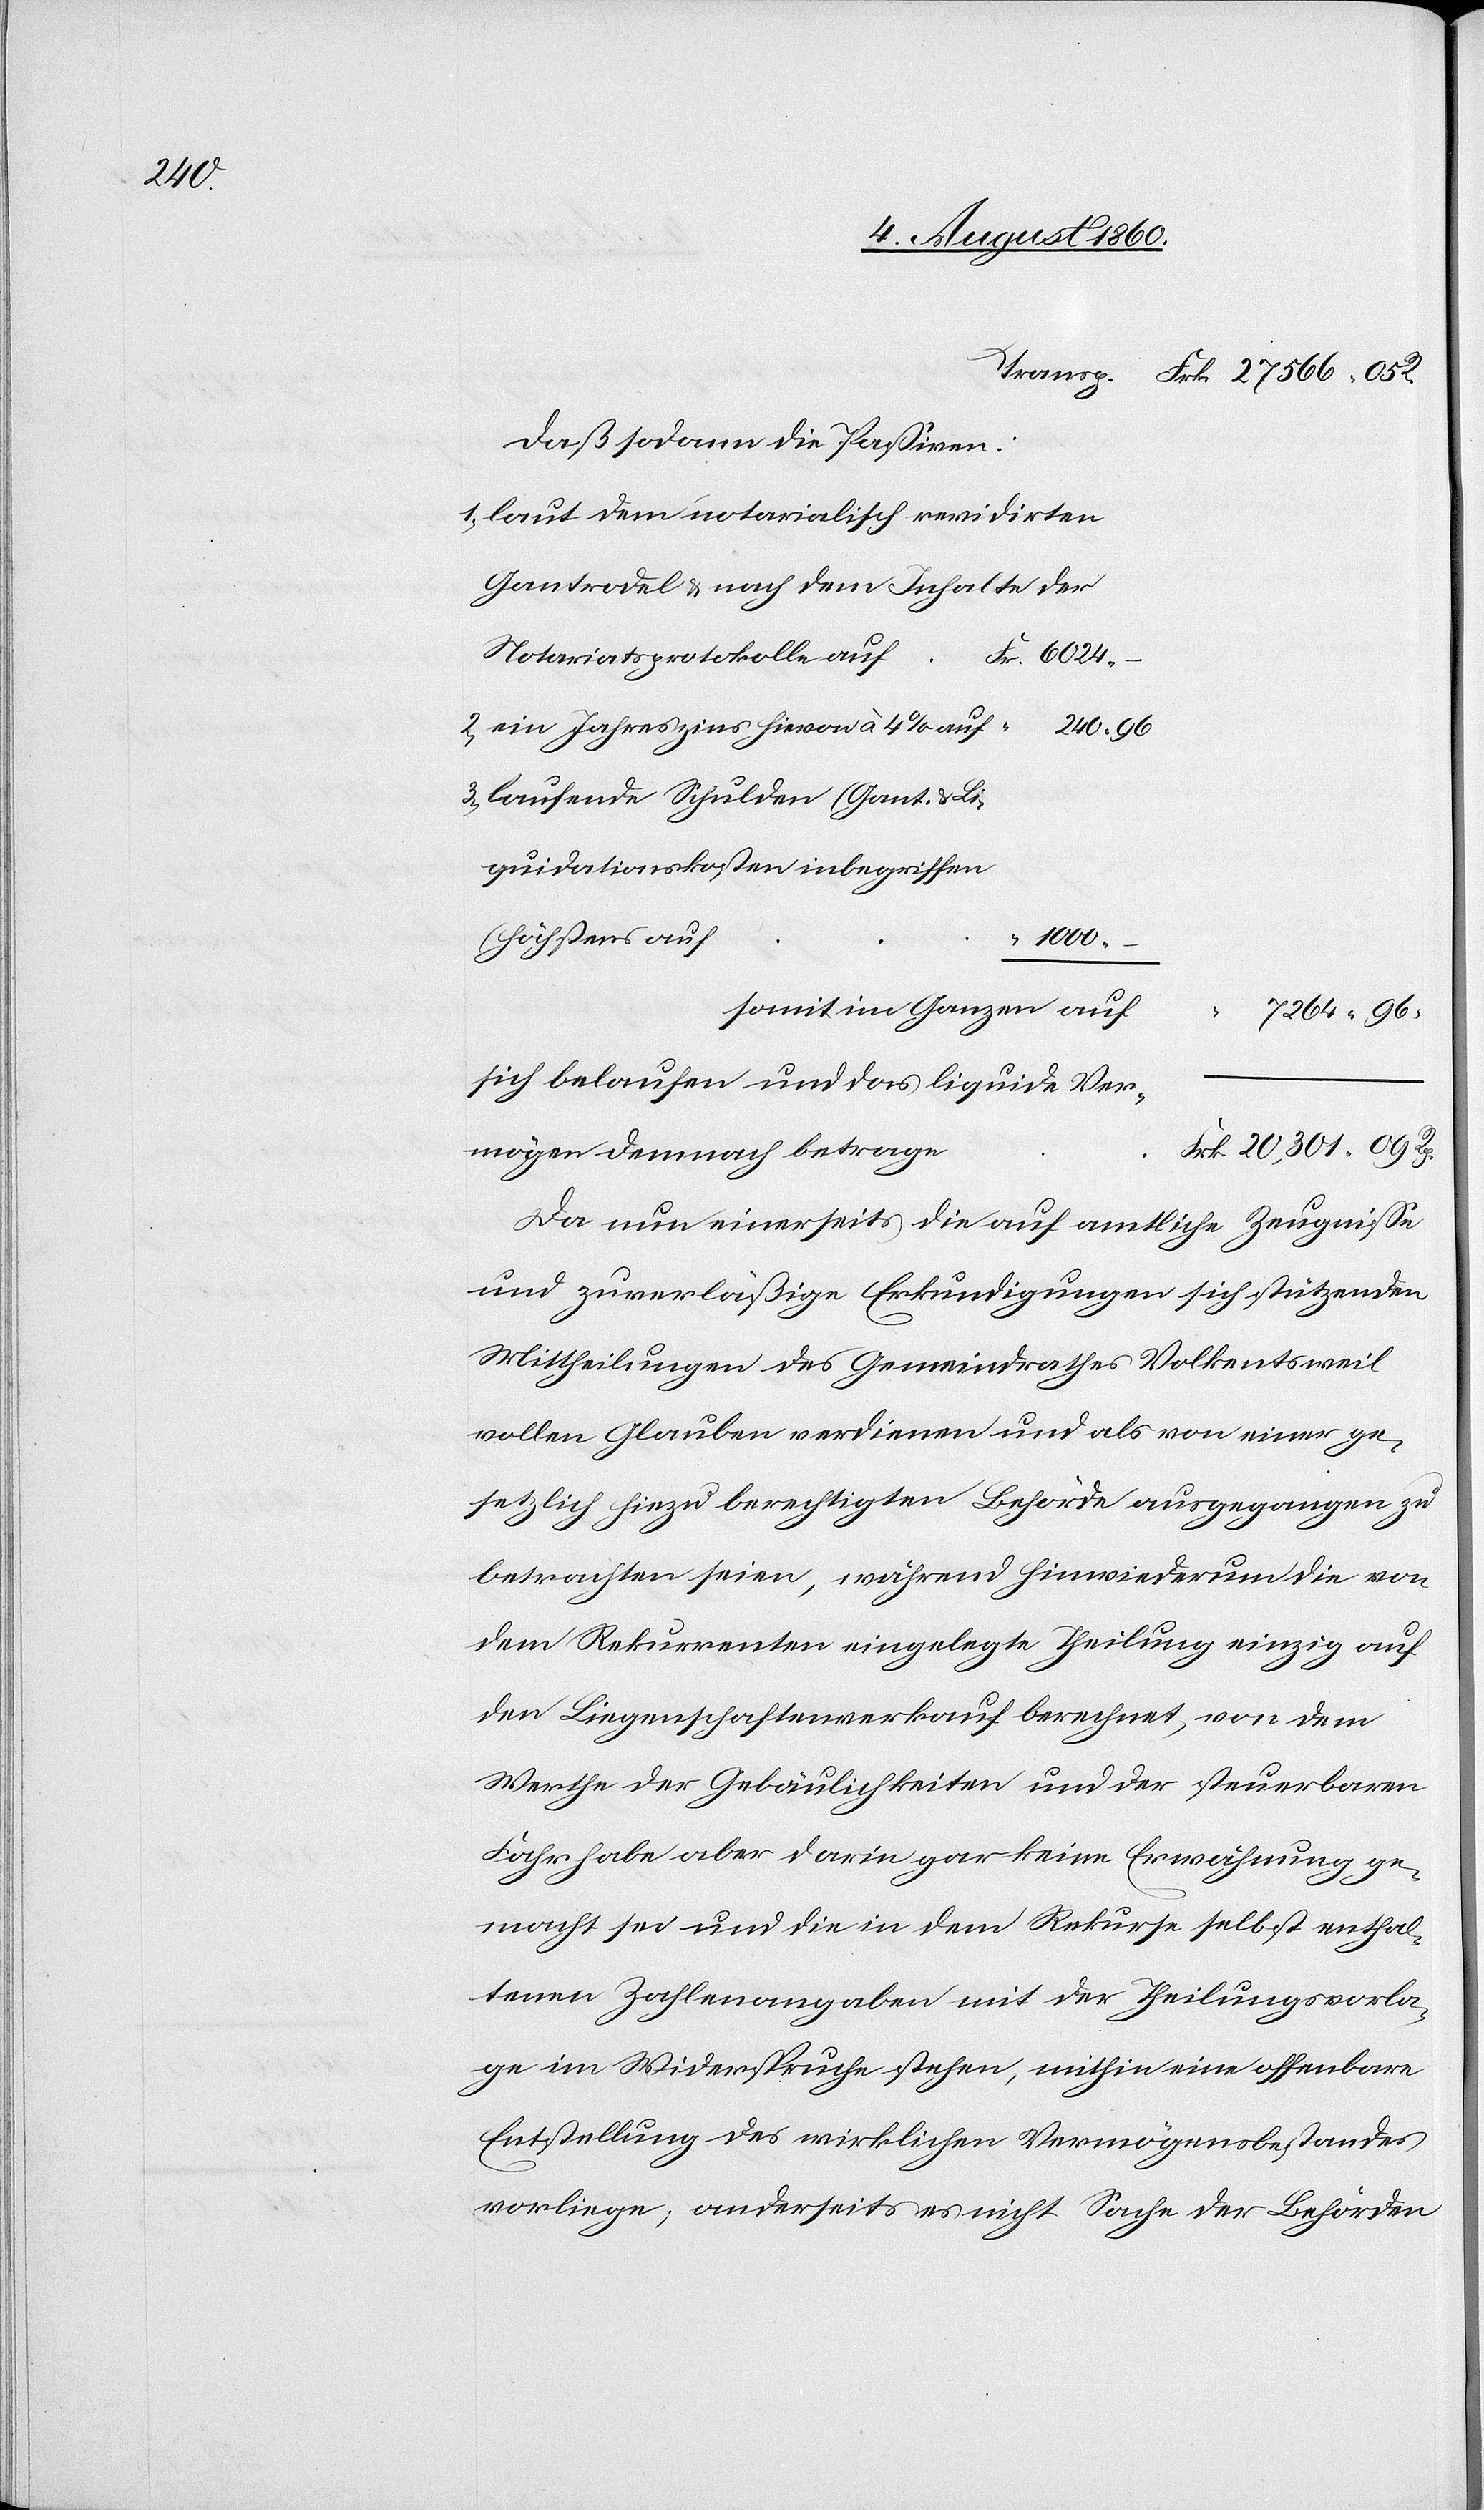
20,301.

Dass sodann die Passiven:
1) laut dem notarialisch revidirten
Gantrodel u. nach dem Inhalte der
Notariatsprotokolle auf
2) Ein Jahreszins hievon à 4% auf
3) Laufende Schulden (Gant- u. Li¬
quidationskosten inbegriffen)
höchstens auf
1000.
somit im Ganzen auf
sich belaufen und das liquide Ver¬
mögen demnach betrage
Da nun einerseits die auf amtliche Zeugnisse
und zuverlässige Erkundigungen sich stützenden
Mittheilungen des Gemeindrathes Volketsweil
vollen Glauben verdienen und als von einer ge¬
setzlich hiezu berechtigen Behörde ausgegangen zu
betrachten seien, während hinwiederum die von
dem Rekurrenten eingelegte Theilung einzig auf
den Liegenschaftenverkauf berechnet, von dem
Werthe der Gebäulichkeiten und der steuerbaren
Fahrhabe aber darin gar keine Erwähnung ge¬
macht sei und die in dem Rekurse selbst enthal¬
tenen Zahlenangaben mit der Theilungsvorla¬
ge im Widerspruche stehen, mithin eine offenbare
Entstellung des wirklichen Vermögensbestandes
vorliege; anderseits es nicht Sache der Behörden